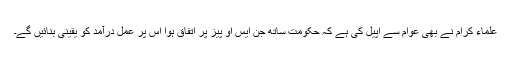
علماء کرام نے بھی عوام سے اپیل کی ہے کہ حکومت ساتھ جن ایس او پیز پر اتفاق ہوا اس پر عمل درآمد کو یقینی بنائیں گے۔